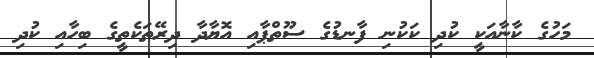
މަހުގެ ކާނާއަކީ ކުދި ކަކުނި ފާނޑުގެ ސޫތްޕާއި އޮޔާދާ ދިރޭތަކެތީގެ ބިހާއި ކުދި